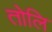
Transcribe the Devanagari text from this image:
तोलि